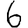
Digit: 6